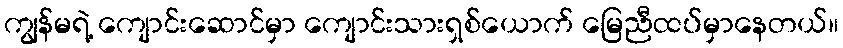
ကျွန်မရဲ့ ကျောင်းဆောင်မှာ ကျောင်းသားရှစ်ယောက် မြေညီထပ်မှာနေတယ်။